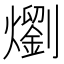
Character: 𭶣